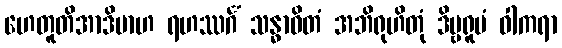
ဟေတူတိအာဒိမာဟ ရဟဿင်္ဂံ သန္ဓာဝိတံ အဘိရုဟိတုံ ဒိဗ္ဗရူပံ ဝါကရာ